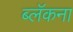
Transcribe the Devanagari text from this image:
ब्लॅकना